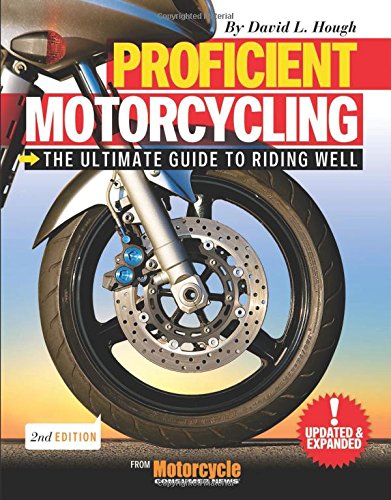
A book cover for Proficient Motorcycling: The Ultimate Guide to Riding Well; David L. Hough; Engineering & Transportation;